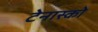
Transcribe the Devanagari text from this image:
टेनास्को